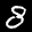
Label: 8